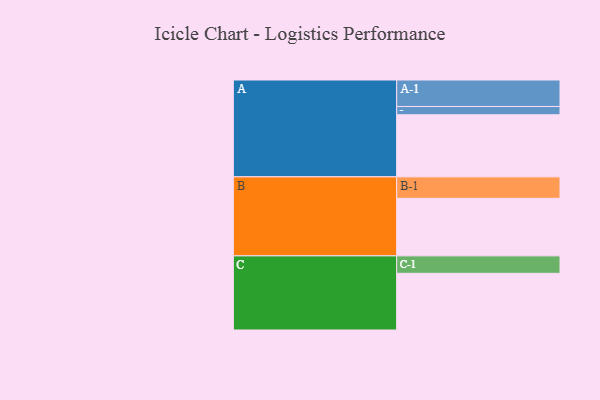
{"axis": {"x": "Segment", "y": "Value"}, "legend": ["", "A", "B", "C"], "data": [{"x": "A", "y": 598, "type": ""}, {"x": "B", "y": 554, "type": ""}, {"x": "C", "y": 546, "type": ""}, {"x": "A-1", "y": 255, "type": "A"}, {"x": "A-2", "y": 80, "type": "A"}, {"x": "B-1", "y": 207, "type": "B"}, {"x": "C-1", "y": 168, "type": "C"}]}